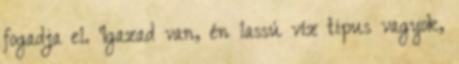
fogadja el. Igazad van, én lassú víz tipus vagyok,